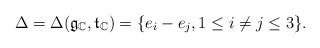
\begin{align*}\Delta=\Delta(\frak{g}_{\mathbb{C}},\frak{t}_{\mathbb{C}})=\{e_i-e_j, 1\leq i\neq j\leq 3\}.\end{align*}